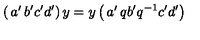
\left( \begin{matrix} { a ^ { \prime } } & { b ^ { \prime } } \\ { c ^ { \prime } } & { d ^ { \prime } } \\ \end{matrix} \right) y = y \left( \begin{matrix} { a ^ { \prime } } & { q b ^ { \prime } } \\ { q ^ { - 1 } c ^ { \prime } } & { d ^ { \prime } } \\ \end{matrix} \right)